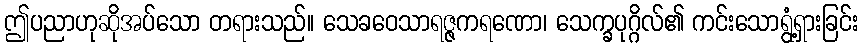
ဤပညာဟုဆိုအပ်သော တရားသည်။ သေခဝေသာရဇ္ဇကရဏော၊ သေက္ခပုဂ္ဂိလ်၏ ကင်းသောရွံ့ရှားခြင်း